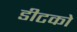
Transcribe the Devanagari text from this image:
डीटको